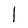
Character: l